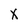
Character: X